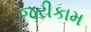
જરીકામ